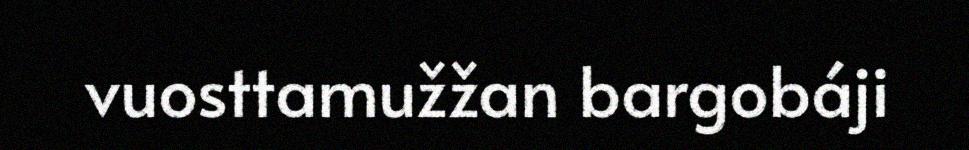
vuosttamužžan bargobáji